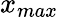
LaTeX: x_{max}